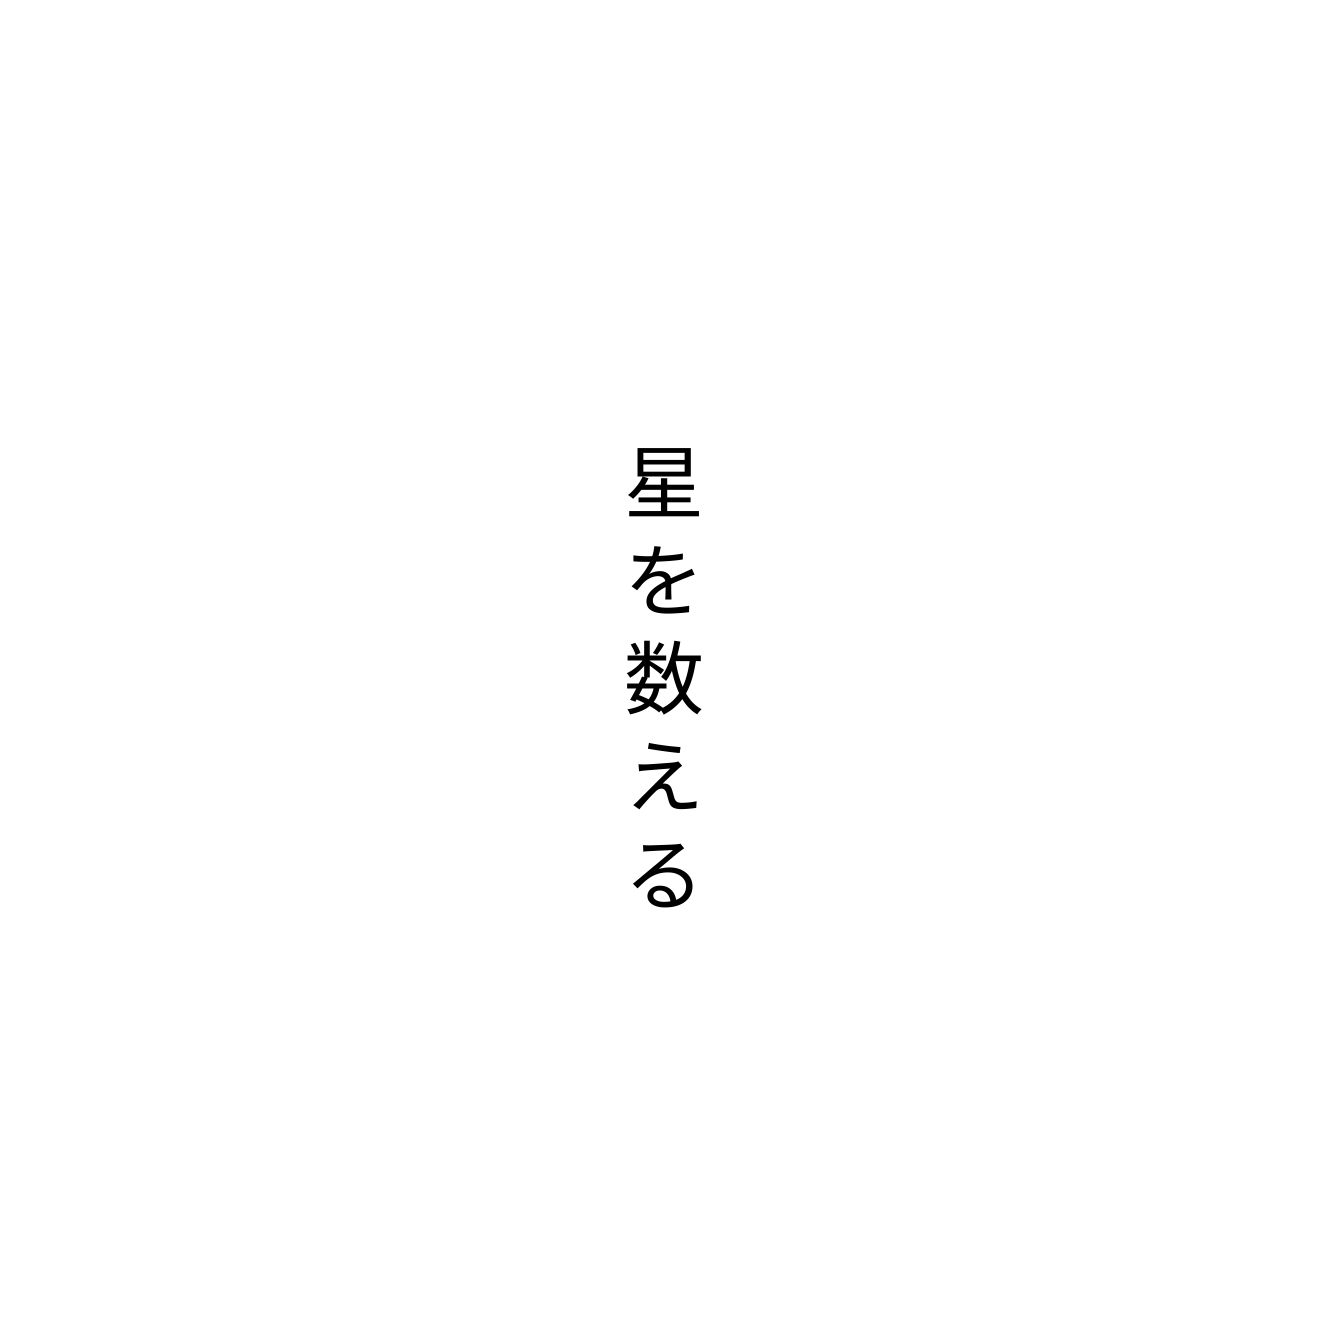
星を数える